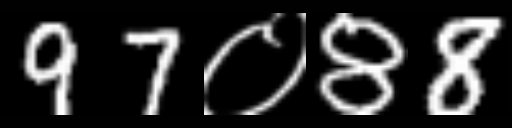
Text: 97०88